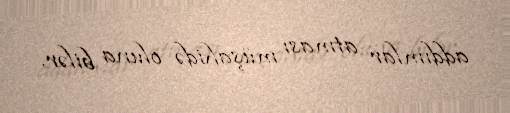
addımlar atması müşahidə oluna bilər.